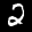
Label: 2